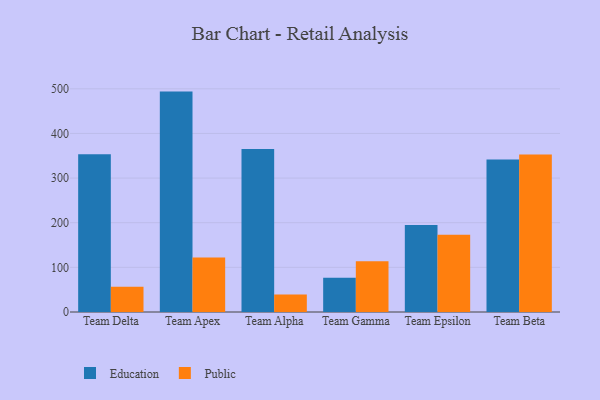
{"axis": {"x": "Team", "y": "Energy Usage (MWh)"}, "legend": ["Education", "Public"], "data": [{"x": "Team Delta", "y": 353.4, "type": "Education"}, {"x": "Team Delta", "y": 56.6, "type": "Public"}, {"x": "Team Apex", "y": 493.7, "type": "Education"}, {"x": "Team Apex", "y": 121.9, "type": "Public"}, {"x": "Team Alpha", "y": 364.9, "type": "Education"}, {"x": "Team Alpha", "y": 39.1, "type": "Public"}, {"x": "Team Gamma", "y": 76.7, "type": "Education"}, {"x": "Team Gamma", "y": 113.5, "type": "Public"}, {"x": "Team Epsilon", "y": 194.7, "type": "Education"}, {"x": "Team Epsilon", "y": 173.2, "type": "Public"}, {"x": "Team Beta", "y": 341.7, "type": "Education"}, {"x": "Team Beta", "y": 353.0, "type": "Public"}]}